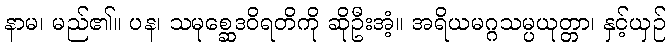
နာမ၊ မည်၏။ ပန၊ သမုစ္ဆေဒဝိရတိကို ဆိုဦးအံ့။ အရိယမဂ္ဂသမ္ပယုတ္တာ၊ နှင့်ယှဉ်